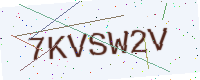
Text: 7KVSW2V